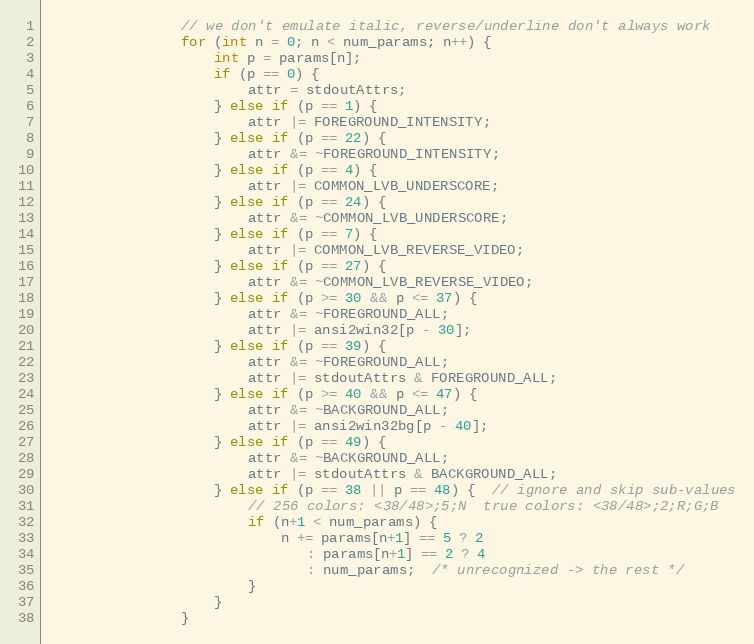
Language: C
                // we don't emulate italic, reverse/underline don't always work
                for (int n = 0; n < num_params; n++) {
                    int p = params[n];
                    if (p == 0) {
                        attr = stdoutAttrs;
                    } else if (p == 1) {
                        attr |= FOREGROUND_INTENSITY;
                    } else if (p == 22) {
                        attr &= ~FOREGROUND_INTENSITY;
                    } else if (p == 4) {
                        attr |= COMMON_LVB_UNDERSCORE;
                    } else if (p == 24) {
                        attr &= ~COMMON_LVB_UNDERSCORE;
                    } else if (p == 7) {
                        attr |= COMMON_LVB_REVERSE_VIDEO;
                    } else if (p == 27) {
                        attr &= ~COMMON_LVB_REVERSE_VIDEO;
                    } else if (p >= 30 && p <= 37) {
                        attr &= ~FOREGROUND_ALL;
                        attr |= ansi2win32[p - 30];
                    } else if (p == 39) {
                        attr &= ~FOREGROUND_ALL;
                        attr |= stdoutAttrs & FOREGROUND_ALL;
                    } else if (p >= 40 && p <= 47) {
                        attr &= ~BACKGROUND_ALL;
                        attr |= ansi2win32bg[p - 40];
                    } else if (p == 49) {
                        attr &= ~BACKGROUND_ALL;
                        attr |= stdoutAttrs & BACKGROUND_ALL;
                    } else if (p == 38 || p == 48) {  // ignore and skip sub-values
                        // 256 colors: <38/48>;5;N  true colors: <38/48>;2;R;G;B
                        if (n+1 < num_params) {
                            n += params[n+1] == 5 ? 2
                               : params[n+1] == 2 ? 4
                               : num_params;  /* unrecognized -> the rest */
                        }
                    }
                }